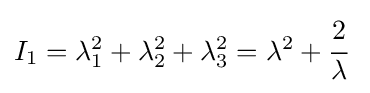
I_{1}=\lambda _{1}^{2}+\lambda _{2}^{2}+\lambda _{3}^{2}=\lambda ^{2}+{\cfrac {2}{\lambda }}~